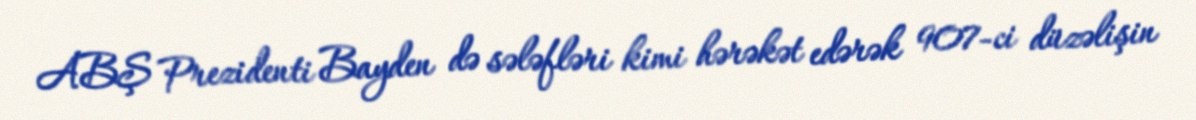
ABŞ Prezidenti Bayden də sələfləri kimi hərəkət edərək 907-ci düzəlişin